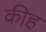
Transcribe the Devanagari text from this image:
कीह